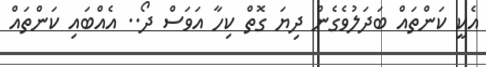
އެކީ ކަންތައް ބަދަލުވެގެން ދިޔަ ގޮތް ކިހާ އަވަސް ދޯ.. އެއްބައި ކަންތައް